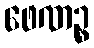
ဖေဏဉ္စ